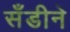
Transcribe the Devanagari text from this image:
सँडीने